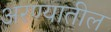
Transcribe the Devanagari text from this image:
अरण्यातील